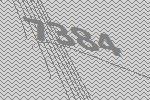
7384